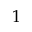
1